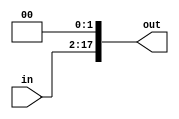
// LeftShift2

module LeftShift2(	in,
					out);

	parameter bit_in = 16;

	input	[bit_in-1:0]	in;
	output	[bit_in+1:0]	out;

	assign out[bit_in+1:0] = {in[bit_in-1:0], 2'b00};

endmodule